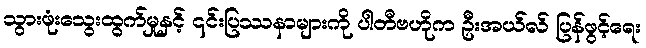
သွားဖုံးသွေးထွက်မှုနှင့် ၎င်းပြဿနာများကို ပါတီဗဟိုက ဦးအယ်လ် ပြန်ဖွင့်ရေး